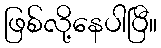
ဖြစ်လို့နေပါပြီ။